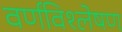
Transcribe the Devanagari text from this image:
वर्णविश्लेषण